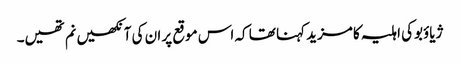
ژیاؤبوکی اہلیہ کا مزید کہنا تھا کہ اس موقع پر ان کی آنکھیں نم تھیں۔